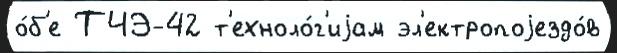
о́б'е ТЧЭ-42 т'ехноло́г'иjам эл'ектропоjездо́в